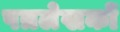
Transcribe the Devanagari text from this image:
पत्रलेखकों